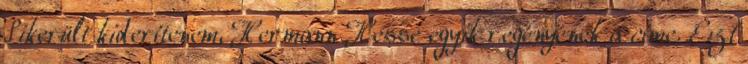
Sikerült kiderítenem, Hermann Hesse egyik regényének a címe. Ezt